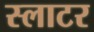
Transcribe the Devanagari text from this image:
स्लाटर